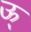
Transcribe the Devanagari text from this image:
ऊ्